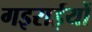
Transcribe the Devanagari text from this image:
गइराईयों